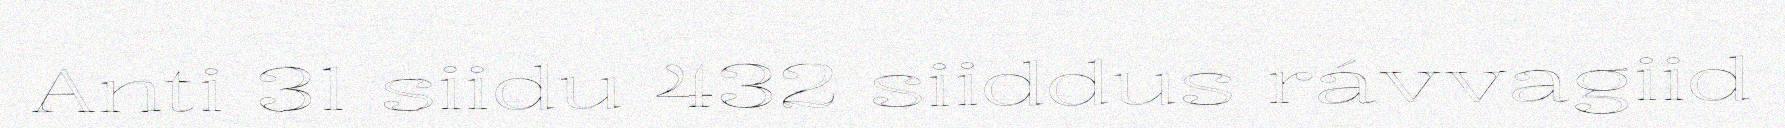
Anti 31 siidu 432 siiddus rávvagiid